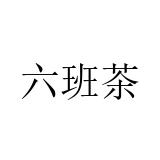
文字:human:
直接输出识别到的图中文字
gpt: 六班茶